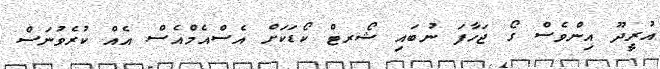
އުރީދޫ އިންވެސް ގޯ ޖަހާފަ ނުބައި ޝޯރޓް ކޯޑަކަށް އެސްއެމްއެސް އެއް ކުރެވުނަސް